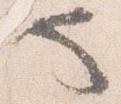
也